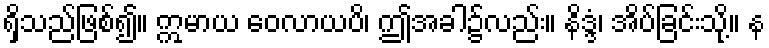
ရှိသည်ဖြစ်၍။ ဣမာယ ဝေလာယပိ၊ ဤအခါ၌လည်း။ နိဒ္ဒံ၊ အိပ်ခြင်းသို့။ န